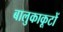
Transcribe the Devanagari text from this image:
बालुकाकूटों